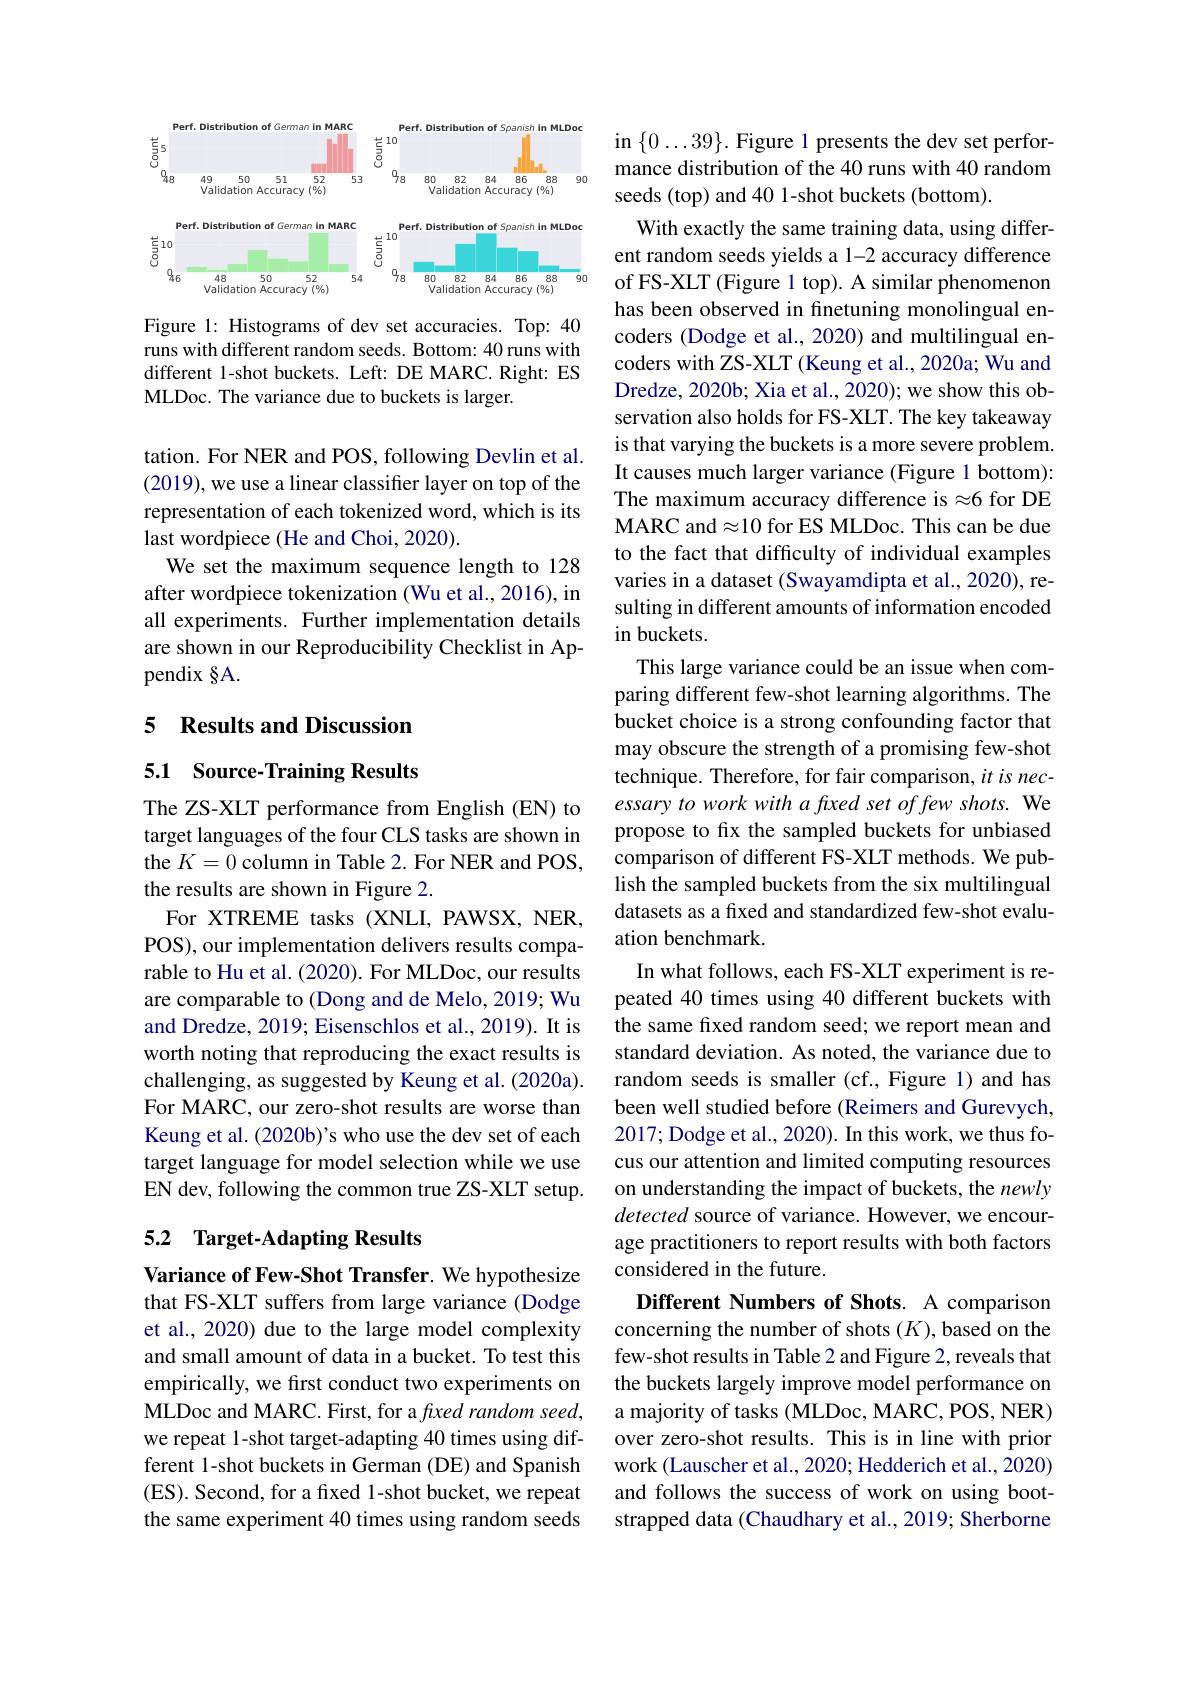
<FigureHere>

Figure 1: Histograms of dev set accuracies. Top: 40 runs with different random seeds. Bottom: 40 runs with different 1-shot buckets. Left: DE MARC. Right: ES MLDoc. The variance due to buckets is larger.

tation. For NER and POS, following Devlin et al. (2019), we use a linear classifier layer on top of the representation of each tokenized word, which is its last wordpiece (He and Choi, 2020).
We set the maximum sequence length to 128 after wordpiece tokenization (Wu et al., 2016), in all experiments. Further implementation details are shown in our Reproducibility Checklist in Appendix §A.

## 5 Results and Discussion

## 5.1 Source-Training Results

The ZS-XLT performance from English (EN) to target languages of the four CLS tasks are shown in the $K=0$ column in Table 2. For NER and POS, the results are shown in Figure 2.
For XTREME tasks (XNLI, PAWSX, NER, POS), our implementation delivers results comparable to Hu et al. (2020). For MLDoc, our results are comparable to (Dong and de Melo, 2019; Wu and Dredze, 2019; Eisenschlos et al., 2019). It is worth noting that reproducing the exact results is challenging, as suggested by Keung et al. (2020a). For MARC, our zero-shot results are worse than Keung et al. (2020b)'s who use the dev set of each target language for model selection while we use EN dev, following the common true ZS-XLT setup.

## 5.2 Target-Adapting Results

Variance of Few-Shot Transfer. We hypothesize that FS-XLT suffers from large variance (Dodge et al., 2020) due to the large model complexity and small amount of data in a bucket. To test this empirically, we first conduct two experiments on MLDoc and MARC. First, for a ftxed random seed, we repeat 1-shot target-adapting 40 times using different 1-shot buckets in German (DE) and Spanish (ES). Second, for a fixed 1-shot bucket, we repeat the same experiment 40 times using random seeds

in $\{0\ldots39\}.$ Figure 1 presents the dev set performance distribution of the 40 runs with 40 random seeds (top) and 40 1-shot buckets (bottom).
With exactly the same training data, using different random seeds yields a 1-2 accuracy difference of FS-XLT (Figure 1 top). A similar phenomenon has been observed in finetuning monolingual encoders (Dodge et al., 2020) and multilingual encoders with ZS-XLT (Keung et al., 2020a; Wu and Dredze, 2020b; Xia et al., 2020); we show this observation also holds for FS-XLT. The key takeaway is that varying the buckets is a more severe problem. It causes much larger variance (Figure 1 bottom): The maximum accuracy difference is $\approx6$ for DE MARC and$\approx10$ for ES MLDoc. This can be due to the fact that difficulty of individual examples varies in a dataset (Swayamdipta et al., 2020), resulting in different amounts of information encoded $\operatorname{in}$buckets.
This large variance could be an issue when comparing different few-shot learning algorithms. The bucket choice is a strong confounding factor that may obscure the strength of a promising few-shot technique. Therefore, for fair comparison, it is necessary to work with a fuxed set offew shots. We propose to fx the sampled buckets for unbiased comparison of different FS-XLT methods. We publish the sampled buckets from the six multilingual datasets as a fixed and standardized few-shot evaluation benchmark
In what follows, each FS-XLT experiment is repeated 40 times using 40 different buckets with the same fixed random seed; we report mean and standard deviation. As noted, the variance due to random seeds is smaller (cf., Figure 1) and has been well studied before (Reimers and Gurevych, 2017; Dodge et al., 2020). In this work, we thus focus our attention and limited computing resources on understanding the impact of buckets, the newly detected source of variance. However, we encourage practitioners to report results with both factors considered in the future.
Different Numbers of Shots. A comparison concerning the number of shots $(K)$,based on the few-shot results in Table 2 and Figure 2, reveals that the buckets largely improve model performance on a majority of tasks (MLDoc, MARC, POS, NER) over zero-shot results. This is in line with prior work (Lauscher et al., 2020; Hedderich et al., 2020) and follows the success of work on using bootstrapped data (Chaudhary et al., 2019; Sherborne